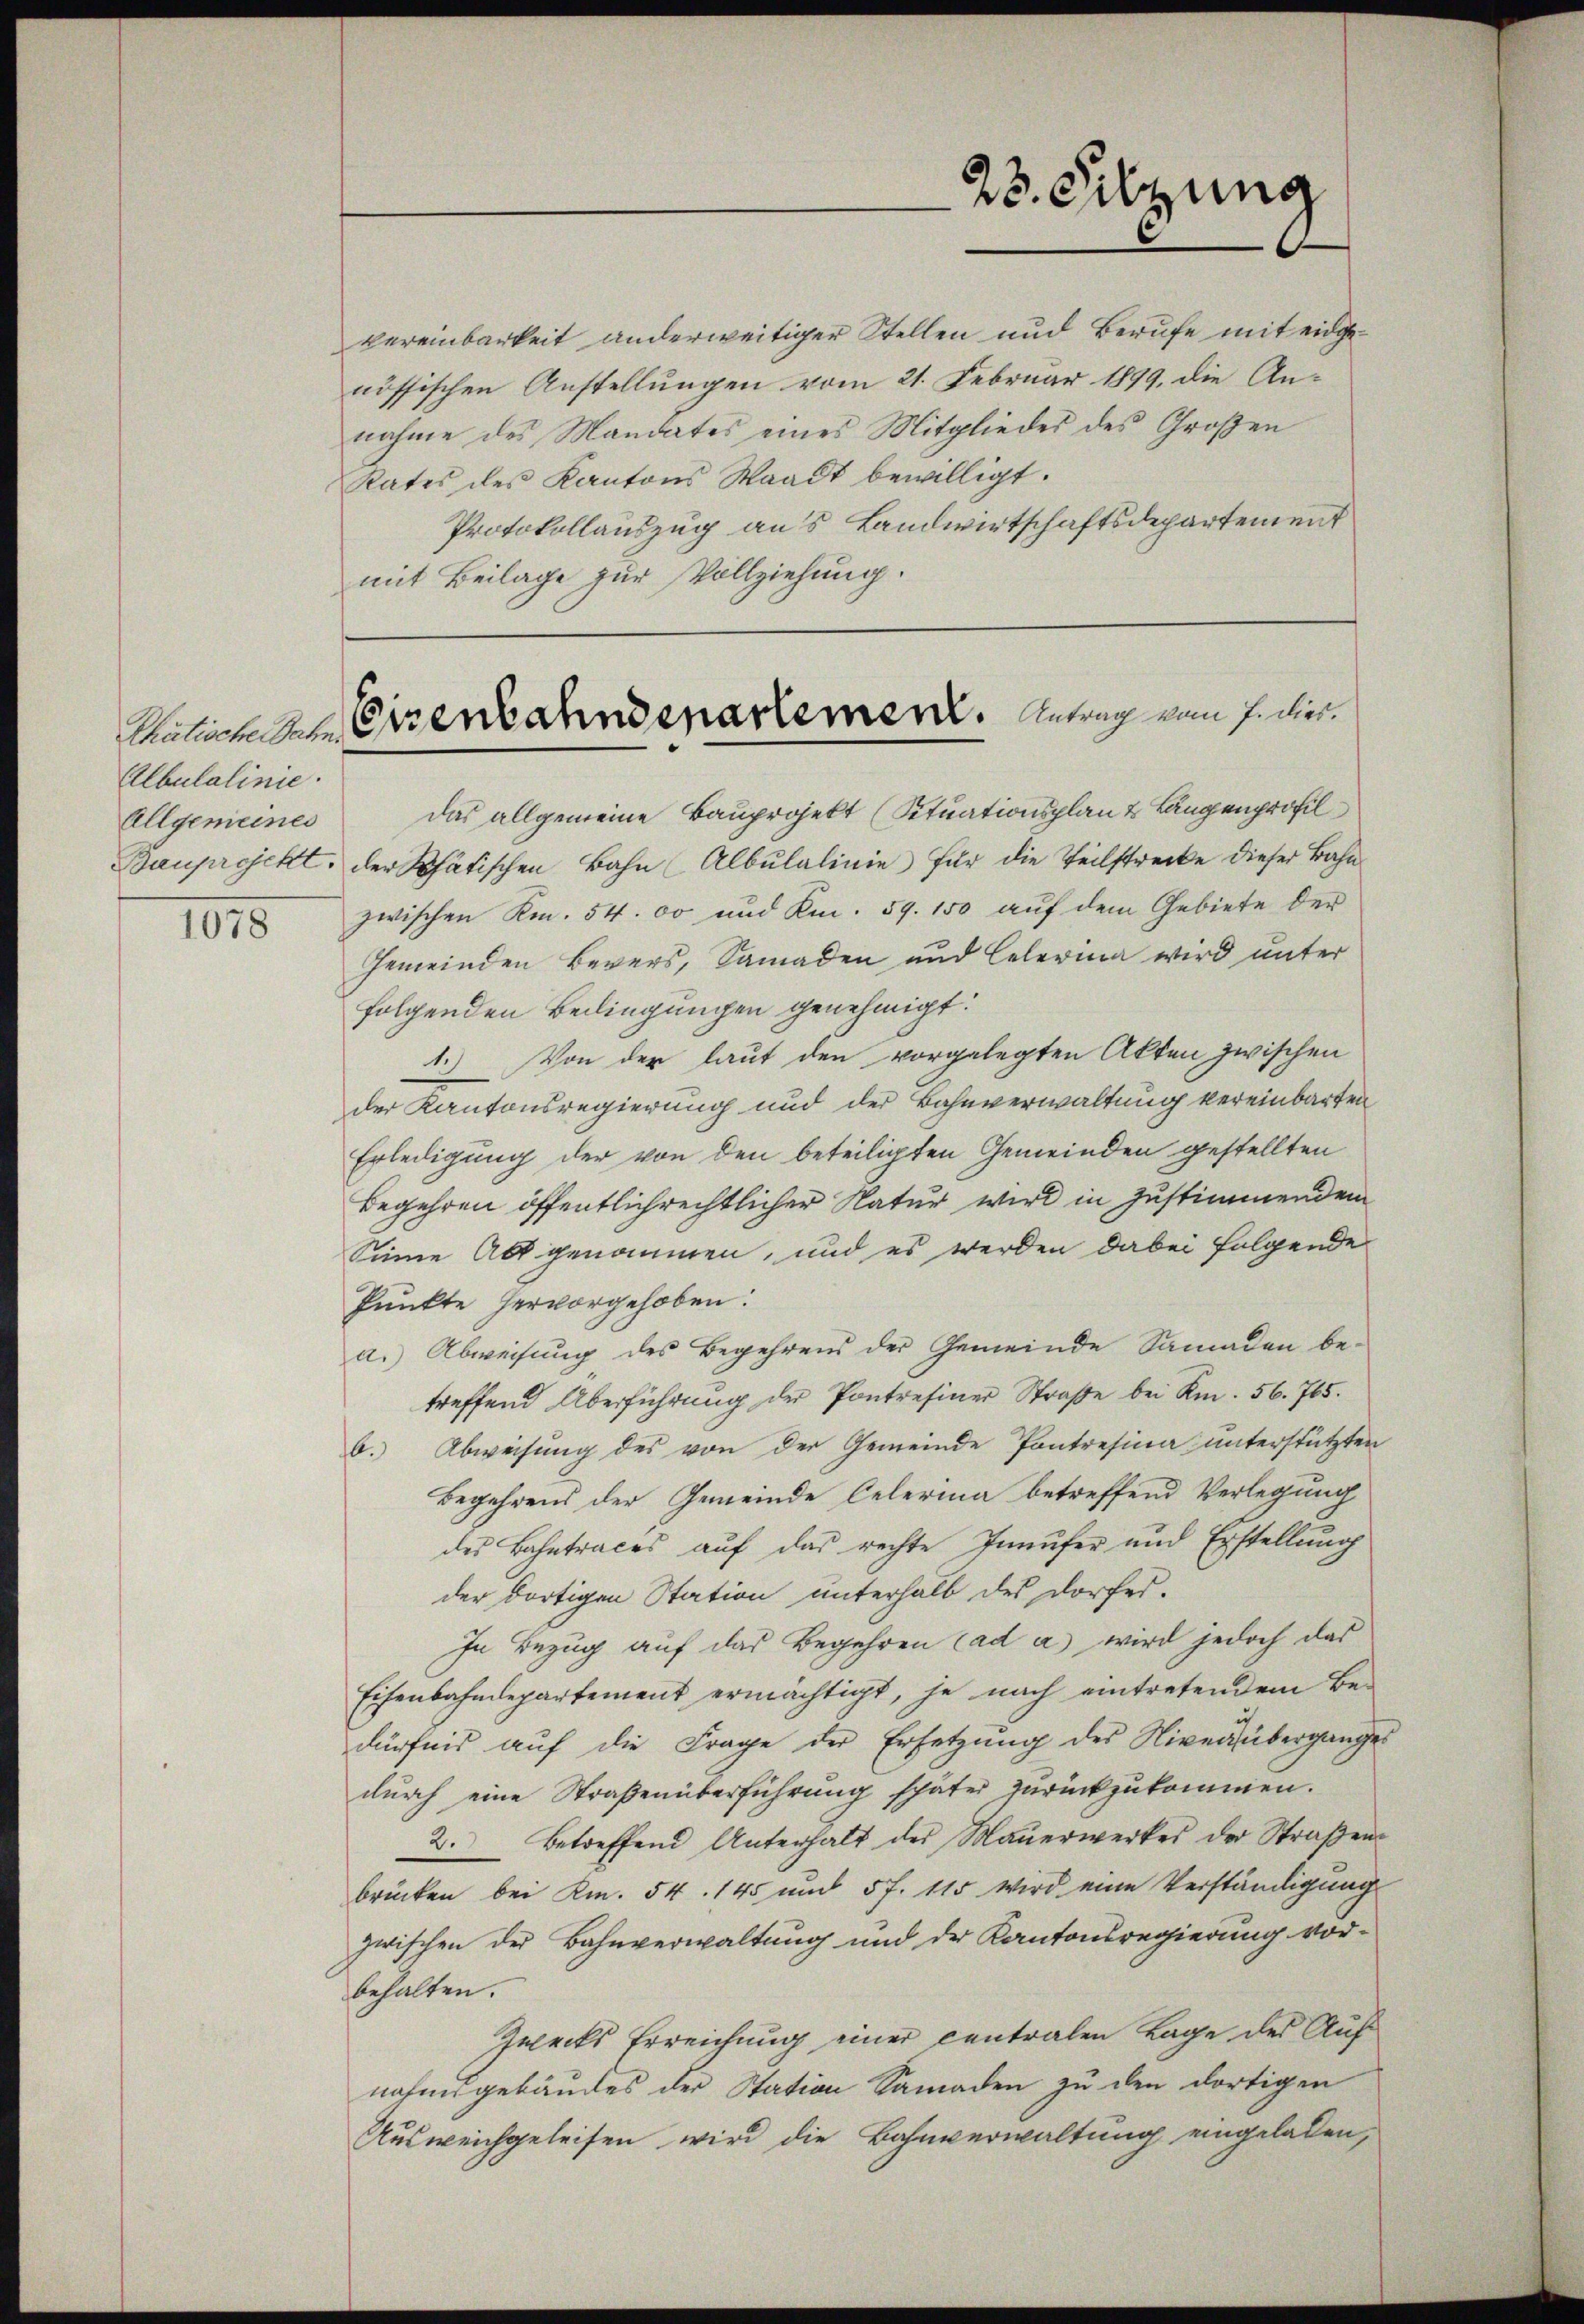
Albulalinie.
Allgemeines

1015

nahme des Mandates eines Mitgliedes des Großen
Rates des Kantons Waadt bewilligt.
Protokollauszug aus Landwirtschaftsdepartement
mit Beilage zur Vollziehung.

23. Sitzung

Ahnlichen Eisenbahndepartement. Antrag vom 7. dies

vereinbarkeit anderweitiger Stellen und Berufe mit eidge
nössischen Anstellungen vom 21. Februar 1899, die An¬

das allgemeine Bauprojekt (Situationsplan & Langenprofil
Bauprojekt, der Rhätischen Bahn (Albŭlalinie für die Teilstrecke dieser Bahnzwischen Rm. 54. 00 und Km. 59. 150 auf dem Gebiete der
Gemeinden Bevers, Samaden und Celerina wird unter
folgenden Bedingungen genehmigt.
1.) Von der laut den vorgelegten Akten zwischen
der Kantonsregierung und der Bahnverwaltung vereinbarten
Erledigung der von den beteiligten Gemeinden gestellten
Begehren öffentlich rechtlicher Natur wird in Zustimmenden
Sinne Abt genommen, und es werden dabei folgende
Punkte hervorgehoben.
a. Abweisung des Begehrens der Gemeinde Samaden be-
treffend Überführung der Pontresiner Straße bei Km. 56. 765.
b. Abweisung des von der Gemeinde Pontresina unterstützten
Begehrens der Gemeinde Celerina betreffend Verlegung
des Bahntraces auf das rechte Innufer und Erstellung
der dortigen Station unterhalb des Dorfes.
In Bezug auf das Begehren Cad a) wird jedoch das
Eisenbahndepartement ermächtigt, je nach eintretendem Be-
dürfnis auf die Frage der Ersetzung des Niven übergangen
durch eine Straßenüberführung später zurückzukommen.
2. betreffend Unterhalt der Maŭerwerkes der Straβen-
brücken bei Rm. 54. 145 und 5 f. 115 wird eine Verständigung
zwischen der Bahnverwaltung und der Kantonsregierung vorbehalten.
Zuecks Erreichung einer centralen Lage des Aufnahmsgebäudes der Station Samaden zu den dortigen
Ausweichgeleisen wird die Bahnverwaltung eingeladen,